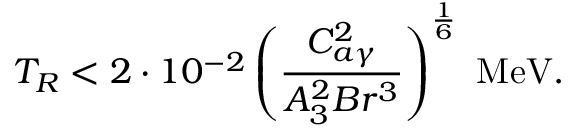
T _ { R } < 2 \cdot 1 0 ^ { - 2 } \left( \frac { C _ { a \gamma } ^ { 2 } } { A _ { 3 } ^ { 2 } B r ^ { 3 } } \right) ^ { \frac { 1 } { 6 } } \mathrm { ~ M e V } .